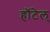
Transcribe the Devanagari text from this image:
हॉटेल्